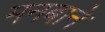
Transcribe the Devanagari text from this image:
मनबाने